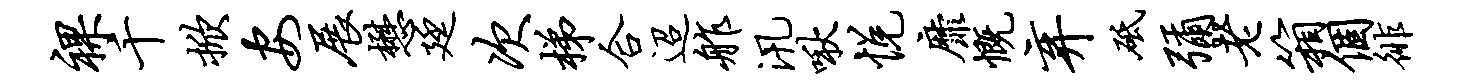
裸千掀安展懋廷次梯合迢舴汛啾悦靡慨弃砥弥老箱个徘